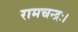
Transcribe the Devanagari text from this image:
रामचन्द्रः।